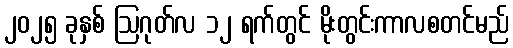
၂၀၂၅ ခုနှစ် ဩဂုတ်လ ၁၂ ရက်တွင် မိုးတွင်းကာလစတင်မည်